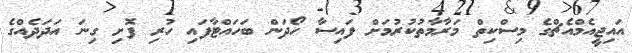
އައިޖީއެމްއެޗްގެ މިސްކިތް މަރާމާތުކުރުމަށް ފައިސާ ހޯދަން ބަހައްޓާފައި ހުރި ފޮށި ގިނަ އަދަދެއްގެ